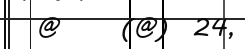
@     (@)  24